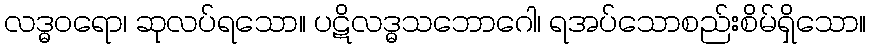
လဒ္ဓဝရော၊ ဆုလပ်ရသော။ ပဋိလဒ္ဓသဘောဂေါ၊ ရအပ်သောစည်းစိမ်ရှိသော။